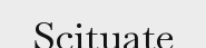
Scituate